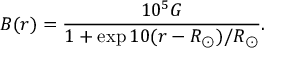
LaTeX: B ( r ) = \frac { 1 0 ^ { 5 } G } { 1 + \exp { 1 0 ( r - R _ { \odot } ) / R _ { \odot } } } .